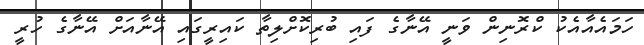
ހަމައެއާއެކު ކްރޮނިން ވަނީ އޭނާގެ ފައި ބުރިކޮށްލިތާ ކައިރީގައި އޭނާއަށް އޭނާގެ ހުރީ